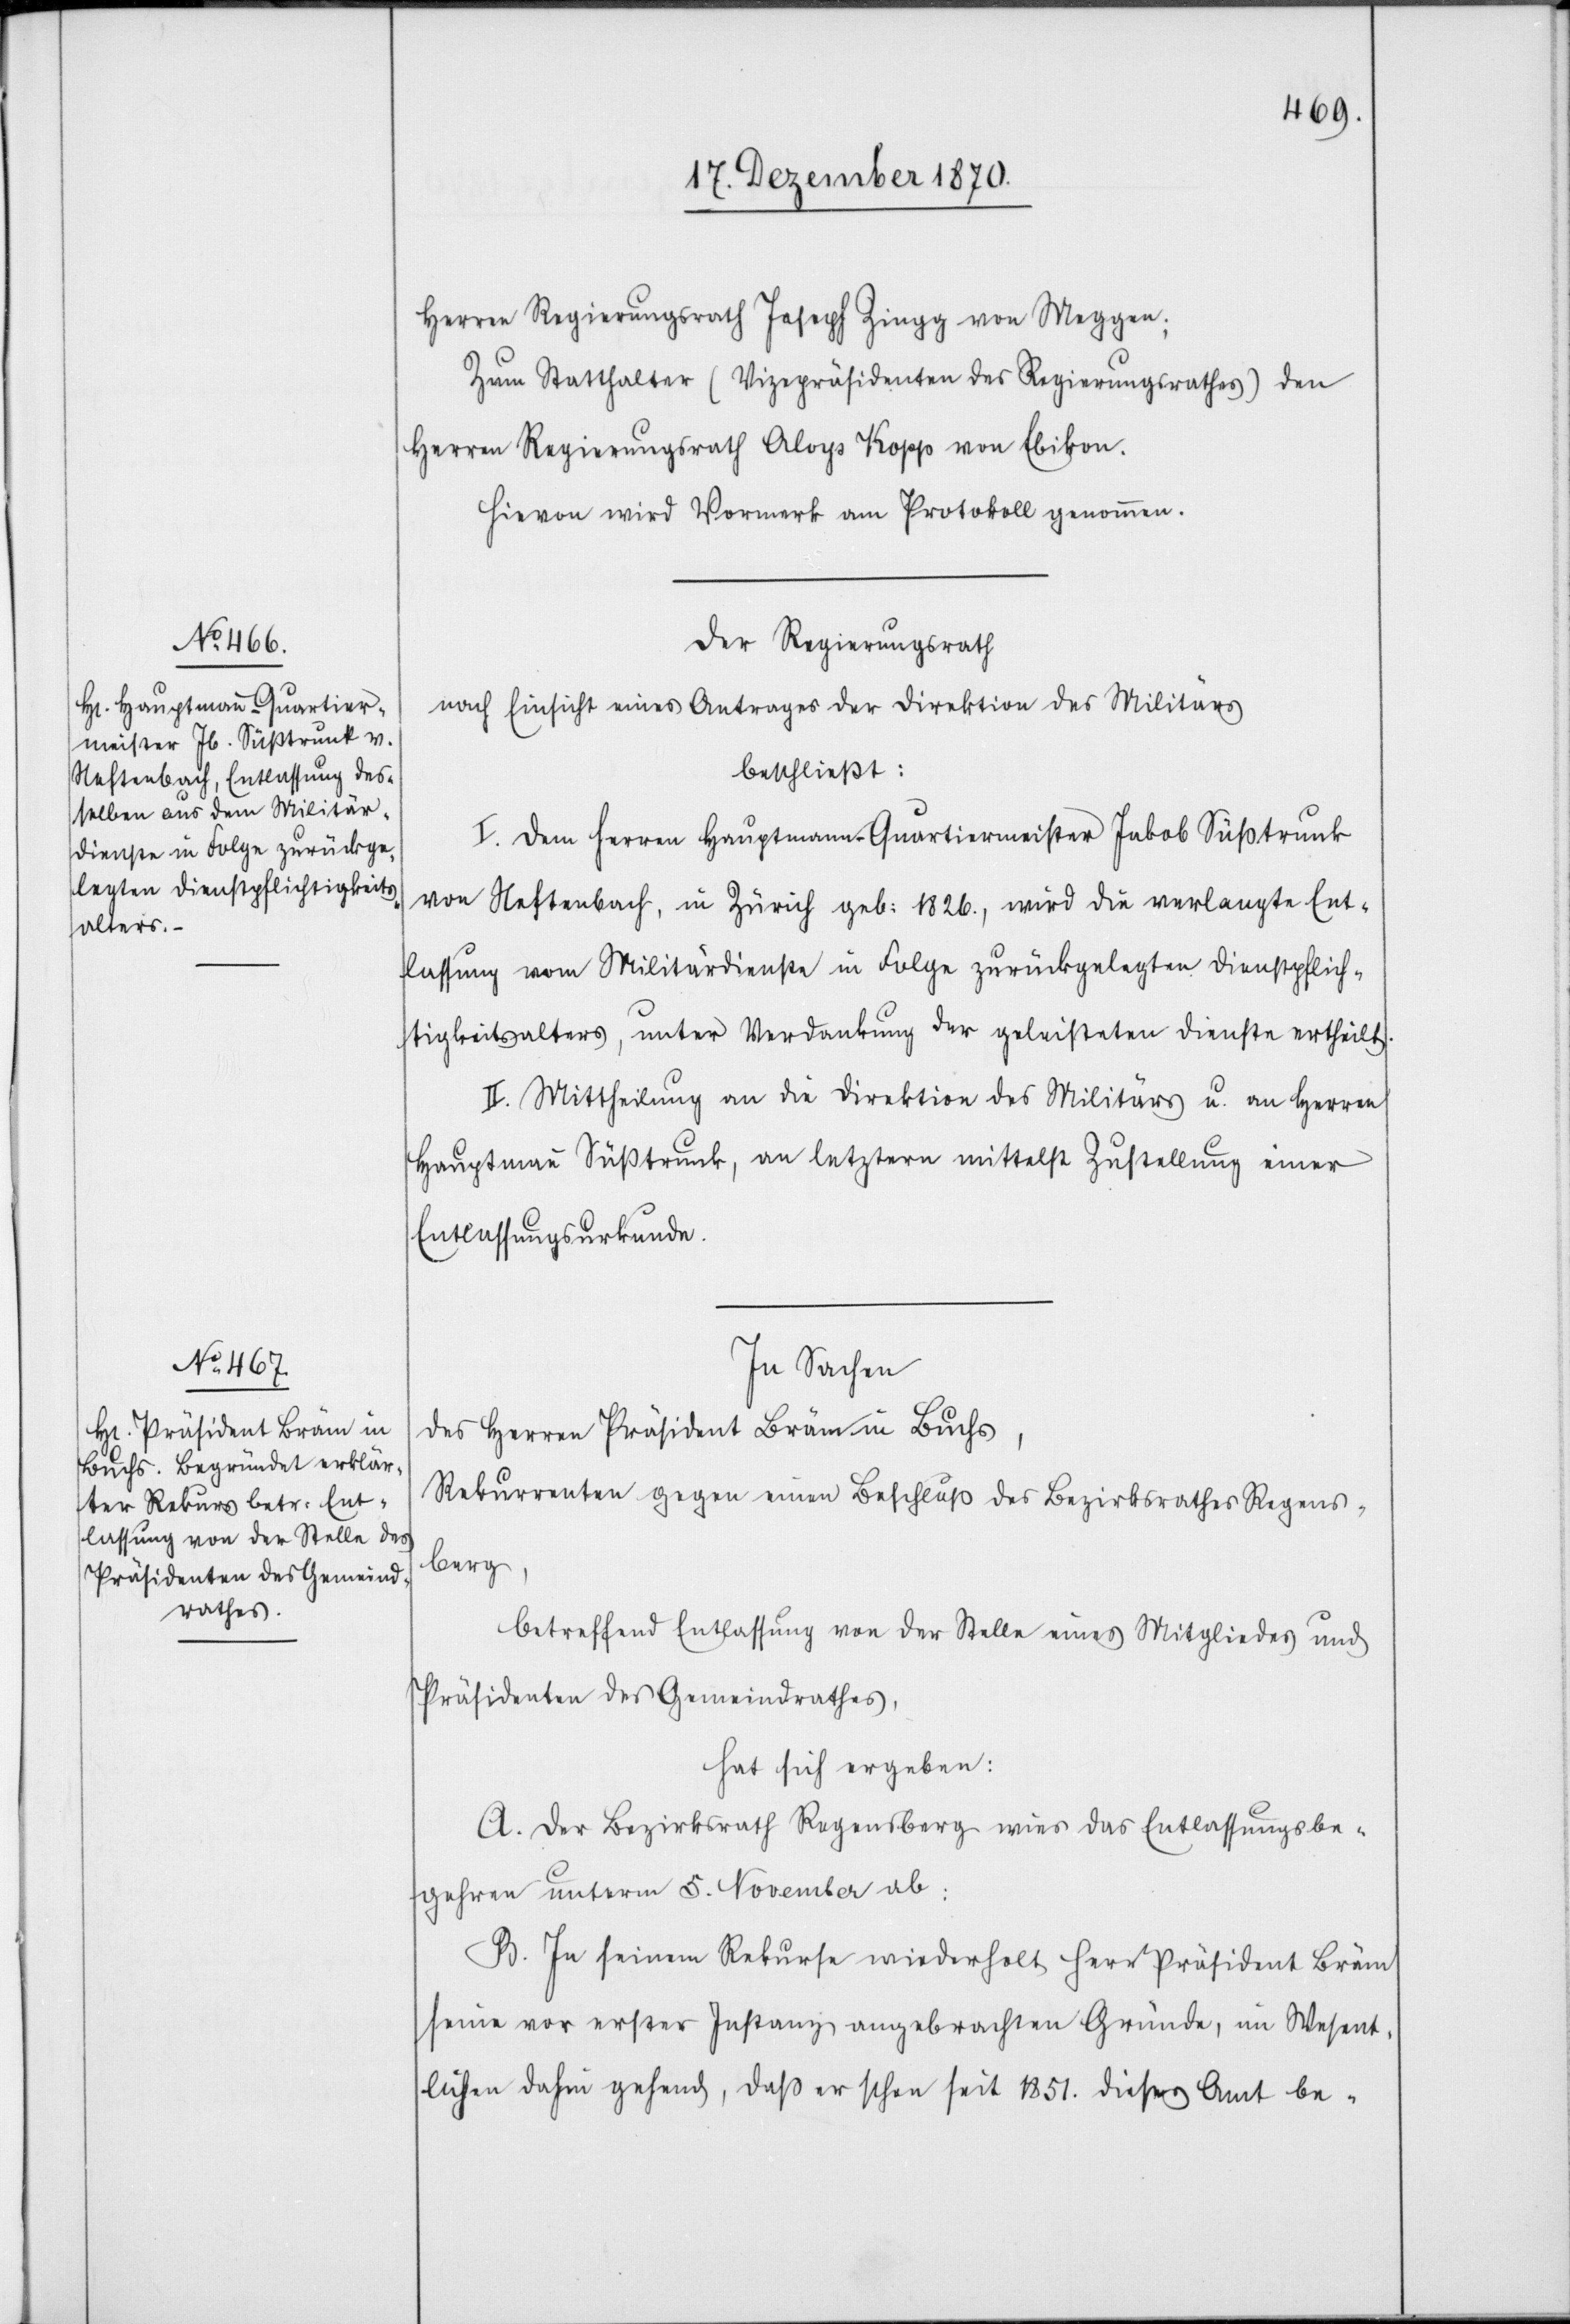
Herren Regierungsrath Joseph Zingg von Meggen;
Zum Statthalter (Vizepräsidenten des Regierungsrathes) den
Herren Regierungsrath Aloys Kopp von Ebikon.
Hievon wird Vormerk am Protokoll genommen.
Der Regierungsrath
nach Einsicht eines Antrages der Direktion des Militärs
beschließt:
I. Dem Herren Hauptmann-Quartiermeister Jakob Süßtrunk
von Neftenbach, in Zürich geb: 1826., wird die verlangte Ent¬
lassung vom Militärdienste in Folge zurückgelegten Dienstpflich¬
tigkeitsalters, unter Verdankung der geleisteten Dienste ertheilt.
II. Mittheilung an die Direktion des Militärs u. an Herren
Hauptmann Süßtrunk, an letztern mittelst Zustellung einer
Entlassungsurkunde.
In Sachen
des Herren Präsident Bräm in Buchs,
Rekurrenten gegen einen Beschluß des Bezirksrathes Regens¬
berg,
betreffend Entlassung von der Stelle eines Mitgliedes und
Präsidenten des Gemeindrathes,
hat sich ergeben:
A. Der Bezirksrath Regensberg wies das Entlassungsbe¬
gehren unterm 5. November ab:
B. In seinem Rekurse wiederholt Herr Präsident Bräm
seine vor erster Instanz angebrachten Gründe, im Wesent¬
lichen dahin gehend, daß er schon seit 1851. dieses Amt be-